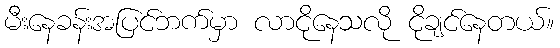
မီးနေခန်းအပြင်ဘက်မှာ လာငိုနေသလို ငိုချင်နေတယ်။